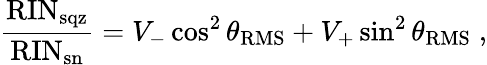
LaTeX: \frac{\mathrm{RIN_{sqz}}}{\mathrm{RIN_{sn}}}=V_{-}\cos^{2}\theta_{\mathrm{RMS}}+V_{+}\sin^{2}\theta_{\mathrm{RMS}}\; ,